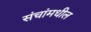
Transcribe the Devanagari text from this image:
संचांमधील